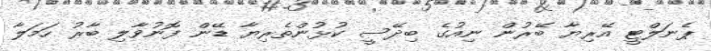
ޕެނަލްޓީ އޭރިޔާ ބޭރުން ނިއުގެ ބިދޭސީ ކުޅުންތެރިޔާ ޑޭން ފޮނުވާލި ބާރު ހަމަލާ